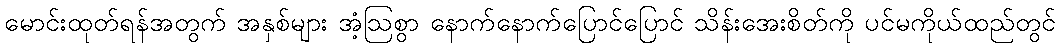
မောင်းထုတ်ရန်အတွက် အနှစ်များ အံ့ဩစွာ နောက်နောက်ပြောင်ပြောင် သိန်းအေးစိတ်ကို ပင်မကိုယ်ထည်တွင်